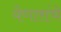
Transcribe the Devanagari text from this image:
येणारांचे